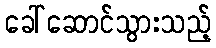
ခေါ်ဆောင်သွားသည့်